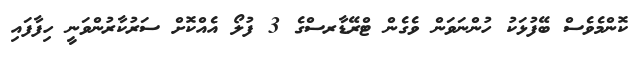
ކޮންމެވެސް ބޭފުޅަކު ހުންނަވަން ވެގެން ޓްރޭޑާރސްގެ 3 ފުލޯ އެއްކޮށް ސަރުކާރުންވަނީ ހިފާފައި